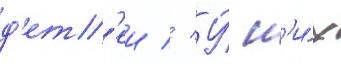
д'ет'еи // У́ н'и́х